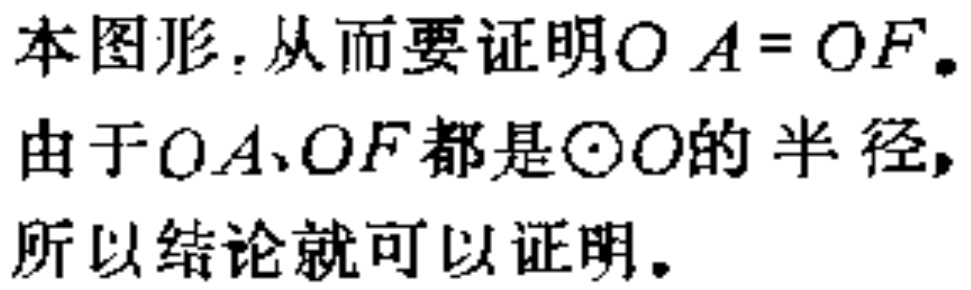
本图形.从而要证明\(OA = OF\)。

由于\(OA、OF\)都是\(\odot O\)的半径,

所以结论就可以证明。